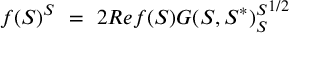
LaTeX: f ( S ) ^ { S } \ = \ 2 R e f ( S ) { G ( S , S ^ { * } ) _ { S } ^ { S } } ^ { 1 / 2 }